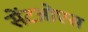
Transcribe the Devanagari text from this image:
सेंटओएस